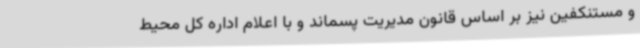
و مستنکفین نیز بر اساس قانون مدیریت پسماند و با اعلام اداره کل محیط